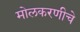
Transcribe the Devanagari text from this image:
मोलकरणीचे